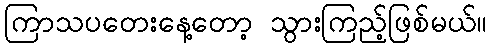
ကြာသပတေးနေ့တော့ သွားကြည့်ဖြစ်မယ်။